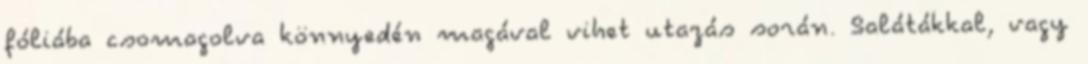
fóliába csomagolva könnyedén magával vihet utazás során. Salátákkal, vagy